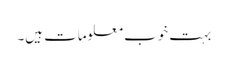
بہت خوب معلومات ہیں۔